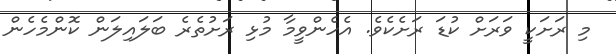
މި ރަށަކީ ވަރަށް ކުޑަ ރަށެކެވެ. އެހެންވީމާ މުޅި ރަށުތެރެ ބަލައިލަން ކޮންމެހެން